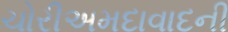
ચોરીઅમદાવાદની